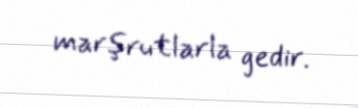
marşrutlarla gedir.